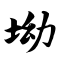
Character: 坳